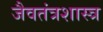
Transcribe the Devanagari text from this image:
जैवतंत्रशास्त्र